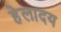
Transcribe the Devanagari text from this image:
हेलादय